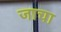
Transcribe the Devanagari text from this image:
जाचा